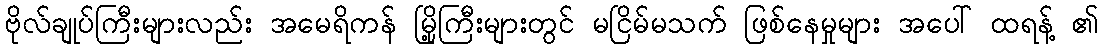
ဗိုလ်ချုပ်ကြီးများလည်း အမေရိကန် မြို့ကြီးများတွင် မငြိမ်မသက် ဖြစ်နေမှုများ အပေါ် ထရန့် ၏